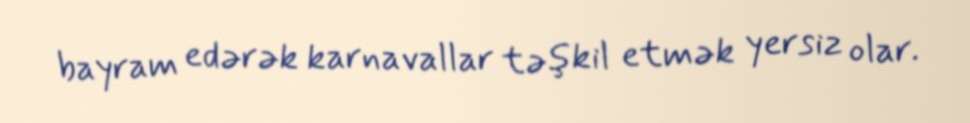
bayram edərək karnavallar təşkil etmək yersiz olar.